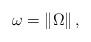
LaTeX: \begin{align*}\omega_{}=\left\Vert \Omega\right\Vert , \end{align*}